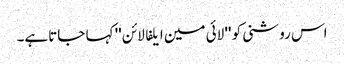
اس روشنی کو '' لائی مین ایلفا لائن '' کہا جاتاہے۔